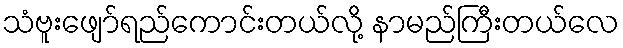
သံဗူးဖျော်ရည်ကောင်းတယ်လို့ နာမည်ကြီးတယ်လေ